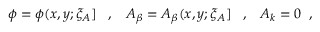
\phi = \phi ( x , y ; \xi _ { A } ] \; \; \; , \; \; \; A _ { \beta } = A _ { \beta } ( x , y ; \xi _ { A } ] \; \; \; , \; \; \; A _ { k } = 0 \; \; ,